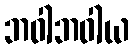
ဘဝါဘဝါယ